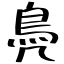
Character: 鳧